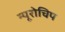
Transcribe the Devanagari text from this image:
न्यूरोचिप